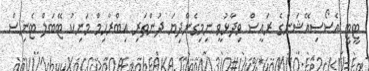
ޓީޓީ އެސޯސިއޭޝަންގެ ރައީސް ވިދާޅުވީ ނިމިގެންދިޔަ ދުންތަރި އިބްރާހިމް މަނިކު ޓޭބަލް ޓެނިސް